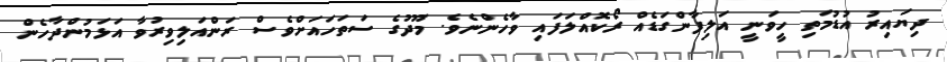
ދިޔައިރު އުޑުމަތި ހީވަނީ އަލިފާންގަޑެއް ރޯކޮއްލަފައި ވާހެންނެވެ. މޫދުގެ ސަތަހައަށްވެސް ރަންއަލިވިރުވާ އަޅަމުންދާހެން